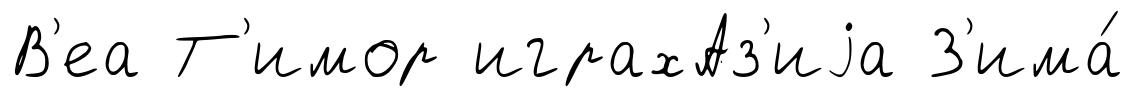
В'еа Т'имор играхАз'иjа З'има́